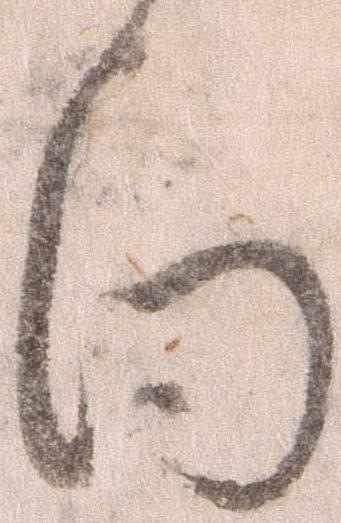
向